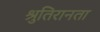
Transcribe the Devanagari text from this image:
श्रुतिरानता